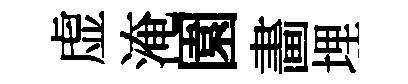
虚淹園畵埋